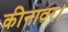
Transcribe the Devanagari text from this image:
कीनावर।